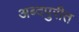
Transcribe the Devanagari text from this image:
अब्दपुरीत